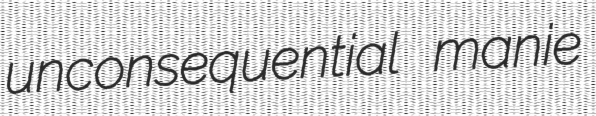
unconsequential manie